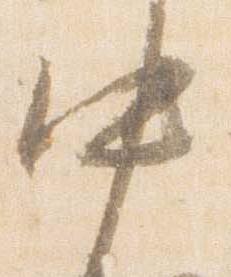
中